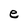
Character: e